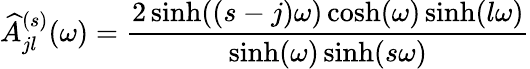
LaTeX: \widehat{A}_{jl}^{(s)}(\omega)=\frac{2\sinh((s-j)\omega)\cosh(\omega)\sinh(l\omega)}{\sinh(\omega)\sinh(s\omega)}